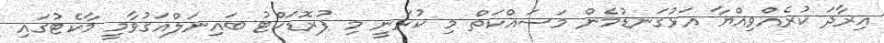
އިރާދަ ކުރެއްވިއްޔާ އަޅުގަނޑުމެން މަސައްކަތް މި ކުރަނީ މި ޕުރޮޑަކްޓު ބައިނަލްއަގުވާމީ މާކެޓުގައި